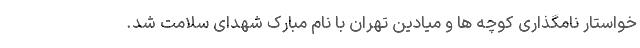
خواستار نامگذاری کوچه ها و میادین تهران با نام مبارک شهدای سلامت شد.